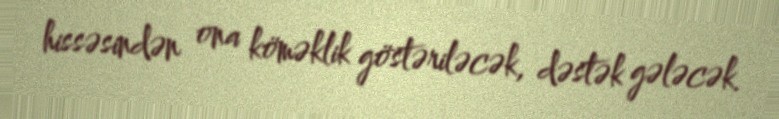
hissəsindən ona köməklik göstəriləcək, dəstək gələcək.